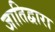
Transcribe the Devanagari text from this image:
जातिद्वारा